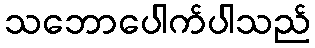
သဘောပေါက်ပါသည်